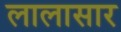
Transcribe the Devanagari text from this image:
लालासार